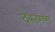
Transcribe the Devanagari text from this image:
देवतगण